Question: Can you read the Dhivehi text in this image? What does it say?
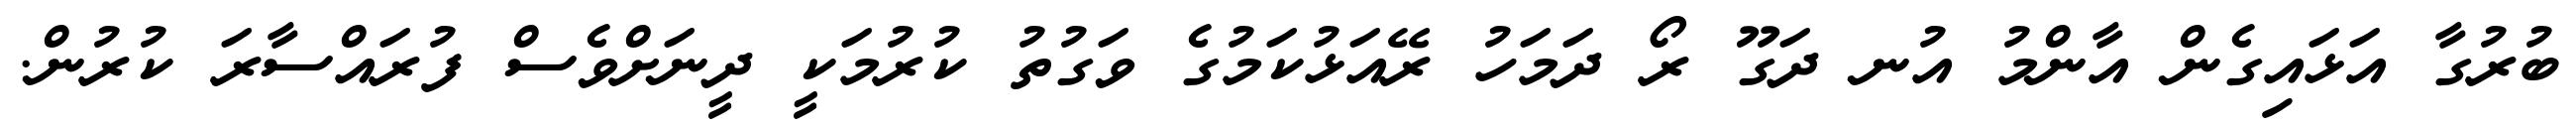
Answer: ބުރުގާ އަޅައިގެން އާންމު އުނ ދަގޫ ރޯ ދަމަހު ރޭއަޅުކަމުގެ ވަގުތު ކުރުމަކީ ދީނަށްވެސް ފުރައްސާރަ ކުރުން.